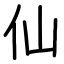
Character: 仙